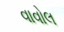
વાવોલ